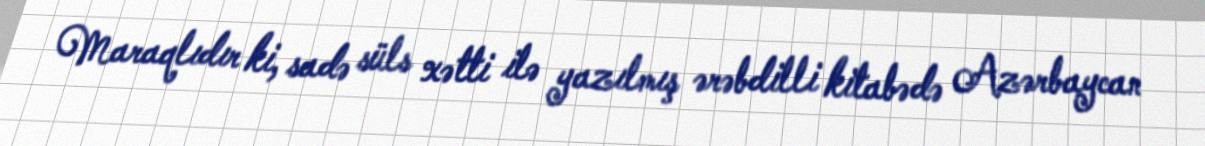
Maraqlıdır ki, sadə süls xətti ilə yazılmış ərəbdilli kitabədə Azərbaycan